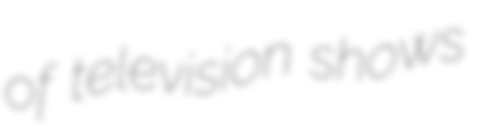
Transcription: of television shows